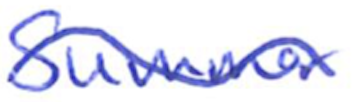
Text: Summer
Cross-out: wave
Writing tool: ballpoint